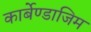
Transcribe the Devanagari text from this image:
कार्बेण्डाजिम